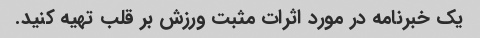
یک خبرنامه در مورد اثرات مثبت ورزش بر قلب تهیه کنید.